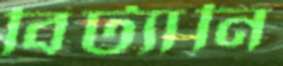
বিট্যানি